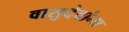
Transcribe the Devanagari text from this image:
वासुदेवांना